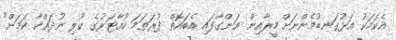
އެކަމަކު އަޅުގަނޑުމެންނަށް މީރާއިން އަންގާފައި އެބައޮތް ފުރަތަމަ ކުއާޓަރުގެ ކުލި ނުދައްކާ ކަމަށް"